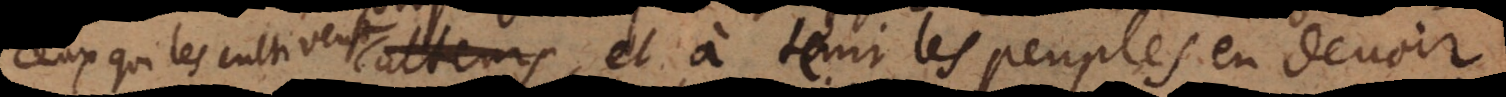
ceux qui les cultivent, et à tenir les peuples en d